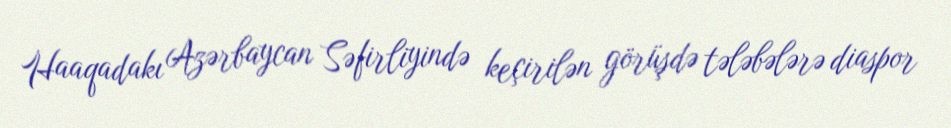
Haaqadakı Azərbaycan Səfirliyində keçirilən görüşdə tələbələrə diaspor